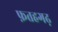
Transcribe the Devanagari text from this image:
फ़तहगढ़